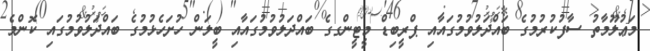
މަޢުލޫމާތު ސާފުކުރުމުގެ ބައްދަލުވުމުގައާއި ޕްރީބިޑް މީޓީންގގެ ބައްދަލުވުމުގައާއި ބީލަން ހުށަހެޅުމުގެ ބައްދަލުވުމުގައި ކޮންމެ